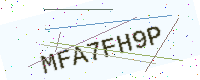
Text: MFA7FH9P